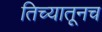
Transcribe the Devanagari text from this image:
तिच्यातूनच